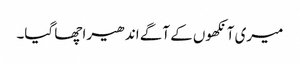
میری آنکھوں کے آگے اندھیرا چھا گیا۔